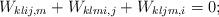
LaTeX: \begin{align*} W_{klij, m}+W_{klmi, j}+W_{kljm, i}=0; \end{align*}